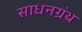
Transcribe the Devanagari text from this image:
साधनग्रंथ